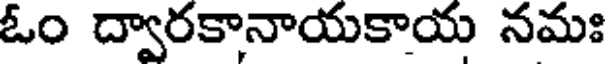
ఓం ద్వారకానాయకాయ నమః